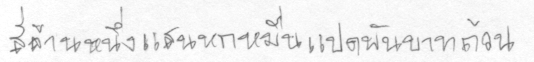
สี่ล้านหนึ่งแสนหกหมื่นแปดพันบาทถ้วน